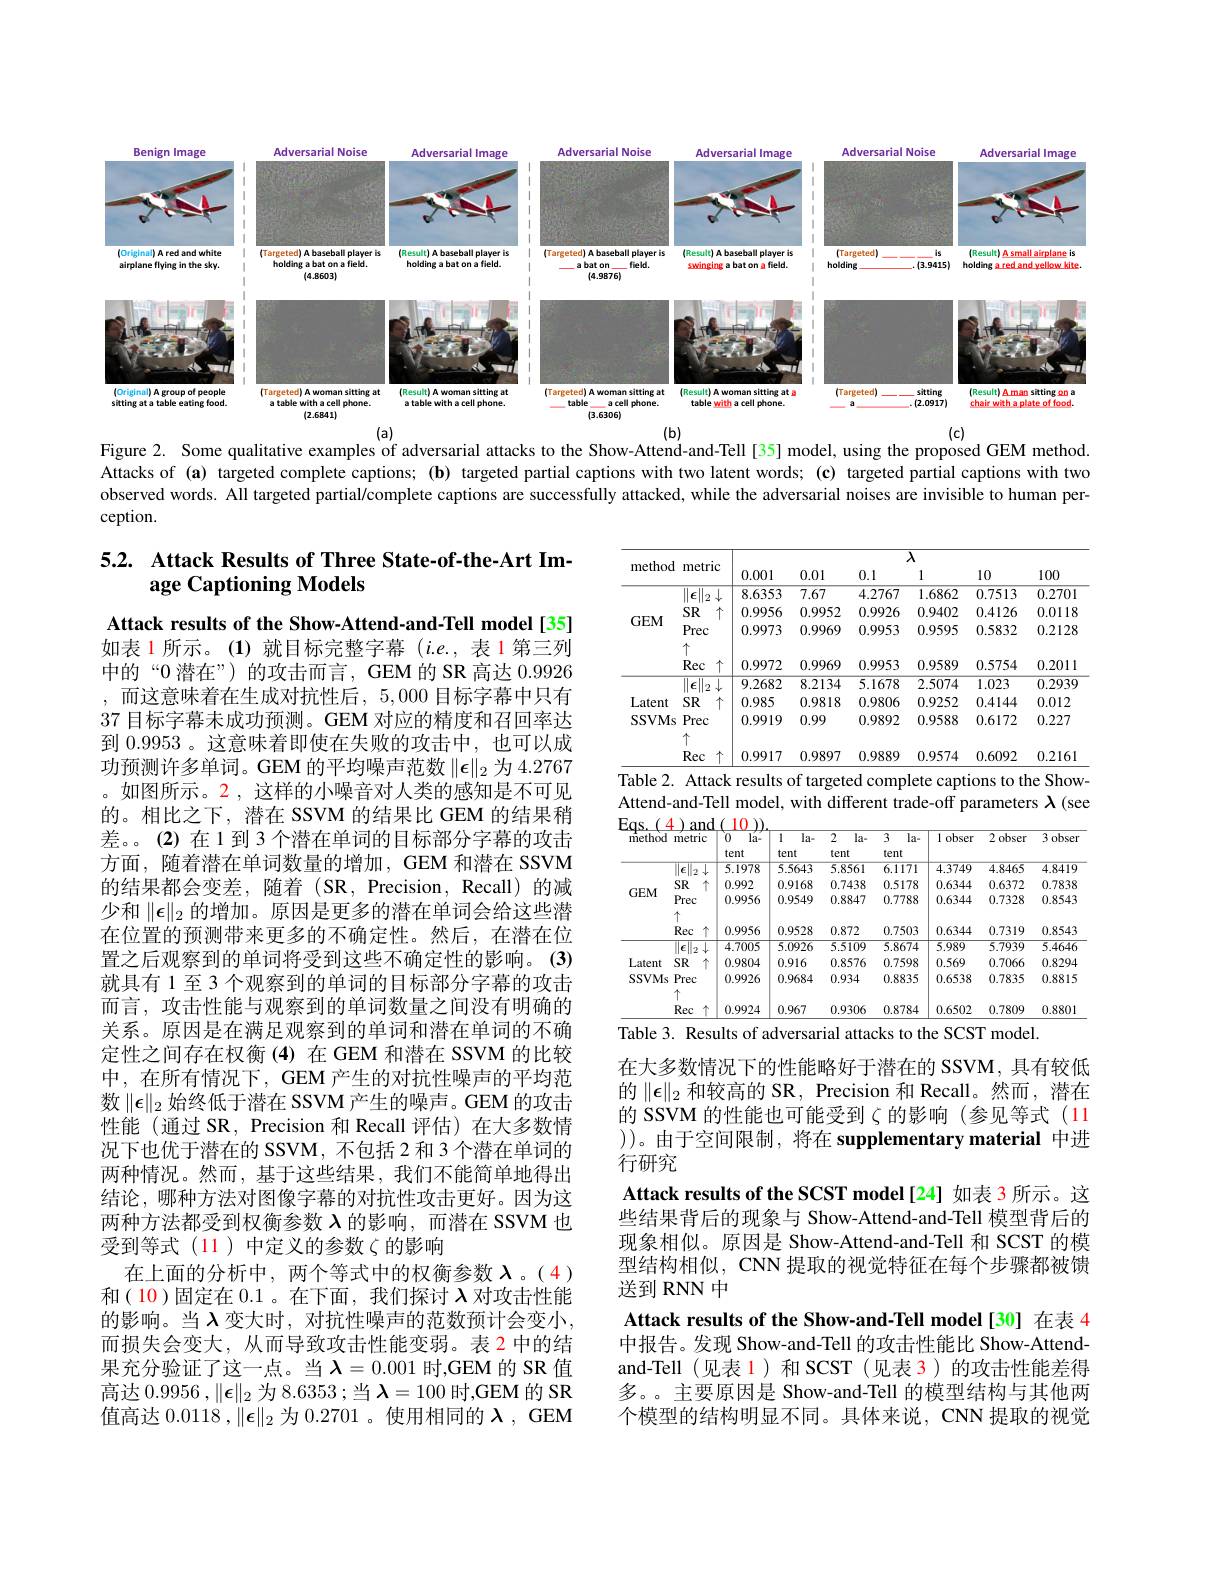
<FigureHere>
$(b)$
$(a)$
$(c)$

Figure 2. Some qualitative examples of adversarial attacks to the Show-Attend-and-Tell[35] model, using the proposed GEM method.

Attacks of (a) targeted complete captions; (b) targeted partial captions with two latent words; (c) targeted partial captions with two observed words. All targeted partial/complete captions are successfully attacked, while the adversarial noises are invisible to human perception.

## 5.2. Attack Results of Three State-of-the-Art Image Captioning Models

<table>
	<tbody>
		<tr>
			<th rowspan="2">method</th>
			<th> </th>
			<th colspan="6">$\overline{\lambda}$</th>
		</tr>
		<tr>
			<th>ITIELTIC</th>
			<th>0.001</th>
			<th>0.01</th>
			<th>0.1</th>
			<th>1</th>
			<th>10</th>
			<th>100</th>
		</tr>
		<tr>
			<td rowspan="4">$GEM$</td>
			<td>1 $\epsilon$ 1 2</td>
			<td>8.6353</td>
			<td>7.67</td>
			<td>4.2767</td>
			<td>1.6862</td>
			<td>0.7513</td>
			<td>0.2701</td>
		</tr>
		<tr>
			<td>SR 小</td>
			<td>0.9956</td>
			<td>0.9952</td>
			<td>0.9926</td>
			<td>0.9402</td>
			<td>0.4126</td>
			<td>0.0118</td>
		</tr>
		<tr>
			<td>Prec</td>
			<td>0.9973</td>
			<td>0.9969</td>
			<td>0.9953</td>
			<td>0.9595</td>
			<td>0.5832</td>
			<td>0.2128</td>
		</tr>
		<tr>
			<td>个 Rec $\uparrow$</td>
			<td>0.9972</td>
			<td>0.9969</td>
			<td>0.9953</td>
			<td>0.9589</td>
			<td>0.5754</td>
			<td>0.2011</td>
		</tr>
		<tr>
			<td rowspan="4">Latent SSVMs</td>
			<td>$\epsilon$ 11 1 2 1</td>
			<td>9.2682</td>
			<td>8.2134</td>
			<td>5.1678</td>
			<td>2.5074</td>
			<td>1.023</td>
			<td>0.2939</td>
		</tr>
		<tr>
			<td>T SR 十</td>
			<td>0.985</td>
			<td>0.9818</td>
			<td>0.9806</td>
			<td>0.9252</td>
			<td>0.4144</td>
			<td>0.012</td>
		</tr>
		<tr>
			<td>Prec 个</td>
			<td>0.9919</td>
			<td>0.99</td>
			<td>0.9892</td>
			<td>0.9588</td>
			<td>0.6172</td>
			<td>0.227</td>
		</tr>
		<tr>
			<td>Rec</td>
			<td>0.9917</td>
			<td>0.9897</td>
			<td>0.9889</td>
			<td>0.9574</td>
			<td>0.6092</td>
			<td>0.2161</td>
		</tr>
	</tbody>
</table>
Table 2. Attack results of targeted complete captions to the Show-

Attend-and-Tell model, with different trade-off parameters $\lambda$ (see

<table>
	<tbody>
		<tr>
			<th>$\dot{\mathrm{method}}$</th>
			<th>metric</th>
			<th>$\grave{0}$ $l\vec{\mathbf{a}}=$ tent</th>
			<th>1 la- tent</th>
			<th>2 $la-$ tent</th>
			<th>3 la- tent</th>
			<th>obser 1</th>
			<th>2 obser</th>
			<th>3 obser</th>
		</tr>
		<tr>
			<td rowspan="4">$GEM$</td>
			<td>$\epsilon$</td>
			<td>5.1978</td>
			<td>5.5643</td>
			<td>5.8561</td>
			<td>$\overline{6.1171}$</td>
			<td>4.3749</td>
			<td>4.8465</td>
			<td>4.8419</td>
		</tr>
		<tr>
			<td>SR 个</td>
			<td>0.992</td>
			<td>0.9168</td>
			<td>0.7438</td>
			<td>0.5178</td>
			<td>0.6344</td>
			<td>0.6372</td>
			<td>0.7838</td>
		</tr>
		<tr>
			<td>Prec</td>
			<td>0.9956</td>
			<td>0.9549</td>
			<td>0.8847</td>
			<td>0.7788</td>
			<td>0.6344</td>
			<td>0.7328</td>
			<td>0.8543</td>
		</tr>
		<tr>
			<td>Rec 个</td>
			<td>0.9956</td>
			<td>0.9528</td>
			<td>0.872</td>
			<td>0.7503</td>
			<td>0.6344</td>
			<td>0.7319</td>
			<td>0.8543</td>
		</tr>
		<tr>
			<td rowspan="4">Latent SSVMs</td>
			<td>$\overline{\|\boldsymbol{\epsilon}\|_2\downarrow}$</td>
			<td>4.7005</td>
			<td>5.0926</td>
			<td>5.5109</td>
			<td>5.8674</td>
			<td>5.989</td>
			<td>5.7939</td>
			<td>5.4646</td>
		</tr>
		<tr>
			<td>SR 个</td>
			<td>0.9804</td>
			<td>0.916</td>
			<td>0.8576</td>
			<td>0.7598</td>
			<td>0.569</td>
			<td>0.7066</td>
			<td>0.8294</td>
		</tr>
		<tr>
			<td>Prec 个</td>
			<td>0.9926</td>
			<td>0.9684</td>
			<td>0.934</td>
			<td>0.8835</td>
			<td>0.6538</td>
			<td>0.7835</td>
			<td>0.8815</td>
		</tr>
		<tr>
			<td>Rec</td>
			<td>0.9924</td>
			<td>0.967</td>
			<td>0.9306</td>
			<td>0.8784</td>
			<td>0.6502</td>
			<td>0.7809</td>
			<td>0.8801</td>
		</tr>
	</tbody>
</table>
Table 3. Results of adversarial attacks to the SCST model.

Attack results of the Show-Attend-and-Tell model[35] 如表 1 所示。(1)就目标完整字幕$(i.e.$,表 1 第三列中的“0 潜在”)的攻击而言，GEM 的 SR 高达 0.9926 , 而这意味着在生成对抗性后，5,000 目标字幕中只有37 目标字幕未成功预测。GEM 对应的精度和召回率达到0.9953。这意味着即使在失败的攻击中，也可以成功预测许多单词。GEM 的平均噪声范数$\|\epsilon\|_2$为 4.2767 。如图所示。2 , 这样的小噪音对人类的感知是不可见的。相比之下，潜在 SSVM 的结果比 GEM 的结果稍差。。(2)在1到3个潜在单词的目标部分字幕的攻击方面，随着潜在单词数量的增加，GEM 和潜在 SSVM 的结果都会变差，随着(SR,Precision,Recall)的减少和$\|\epsilon\|_2$的增加。原因是更多的潜在单词会给这些潜在位置的预测带来更多的不确定性。然后，在潜在位置之后观察到的单词将受到这些不确定性的影响。(3) 就具有 1 至 3 个观察到的单词的目标部分字幕的攻击而言，攻击性能与观察到的单词数量之间没有明确的关系。原因是在满足观察到的单词和潜在单词的不确定性之间存在权衡(4)在 GEM 和潜在 SSVM 的比较中，在所有情况下，GEM 产生的对抗性噪声的平均范数$\|\epsilon\|_2$始终低于潜在 SSVM 产生的噪声。GEM 的攻击性能 (通过 SR, Precision 和 Recall 评估)在大多数情况下也优于潜在的 SSVM, 不包括 2 和 3 个潜在单词的两种情况。然而，基于这些结果，我们不能简单地得出结论，哪种方法对图像字幕的对抗性攻击更好。因为这两种方法都受到权衡参数$\lambda$的影响，而潜在 SSVM 也受到等式(11)中定义的参数$\zeta$的影响
在上面的分析中，两个等式中的权衡参数$\lambda$。(4) 和( 10)固定在 0.1 。在下面，我们探讨$\lambda$对攻击性能的影响。当$\lambda$ 变大时，对抗性噪声的范数预计会变小， 而损失会变大，从而导致攻击性能变弱。表 2 中的结果充分验证了这一点。当$\lambda=0.001$ 时，GEM 的 SR 值高达 0.9956 ,$\|\boldsymbol\epsilon\|_2$为 8.6353 ;当$\boldsymbol\lambda=100$时，GEM 的 SR 值高达$0.0118,\|\boldsymbol{\epsilon}\|_2$为0.2701 。使用相同的$\lambda$, GEM

在大多数情况下的性能略好于潜在的 SSVM,具有较低的$\|\boldsymbol{\epsilon}\|_2$和较高的 SR, Precision 和 Recall。然而，潜在的 SSVM 的性能也可能受到$\zeta$的影响(参见等式(11 ))。由于空间限制，将在 supplementary material 中进行研究

Attack results of the SCST model[24] 如表 3 所示。这些结果背后的现象与 Show-Attend-and-Tell 模型背后的现象相似。原因是 Show-Attend-and-Tell 和 SCST 的模型结构相似，CNN 提取的视觉特征在每个步骤都被馈送到 RNN 中
Attack results of the Show-and-Tell model[30]在表 4中报告。发现 Show-and-Tell 的攻击性能比 Show-Attendand-Tell(见表 1)和 SCST(见表 3) 的攻击性能差得多。。主要原因是 Show-and-Tell 的模型结构与其他两个模型的结构明显不同。具体来说，CNN 提取的视觉